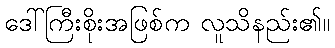
ဒေါ်ကြီးစိုးအဖြစ်က လူသိနည်း၏။